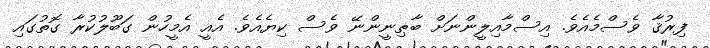
ފިރުޤާ ވެސްމެއެވެ. އިސްމާއިލީންނަށް ބާޠިނީންނޭ ވެސް ކިޔެއެވެ. އެއީ އެމީހުން ގަބޫލުކުރާ ގޮތުގައި